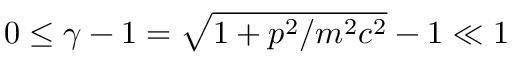
0 \leq \gamma - 1 = \sqrt { 1 + p ^ { 2 } / m ^ { 2 } c ^ { 2 } } - 1 \ll 1